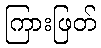
ကြားဖြတ်